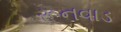
રૂનવાડ